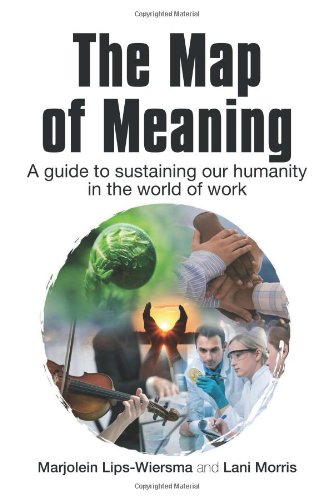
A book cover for The Map of Meaning: A Guide to Sustaining our Humanity in the World of Work; Marjolein Lips-Wiersma; Business & Money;